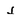
Character: j